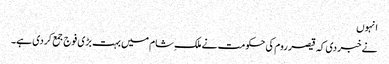
انہوں
نے خبر دی کہ قیصر روم کی حکومت نے ملک ِشام میں بہت بڑی فوج جمع کردی ہے۔